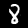
Label: 8